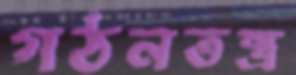
গঠনতন্ত্র